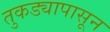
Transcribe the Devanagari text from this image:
तुकड्यापासून